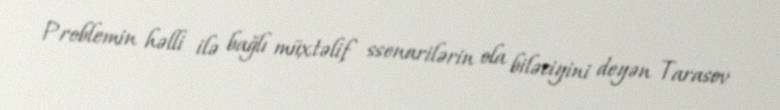
Problemin həlli ilə bağlı müxtəlif ssenarilərin ola biləciyini deyən Tarasov